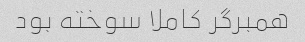
همبرگر کاملا سوخته بود